Indian journal of veterinary science and animal husbandry - Volume 12,
Year: 1942
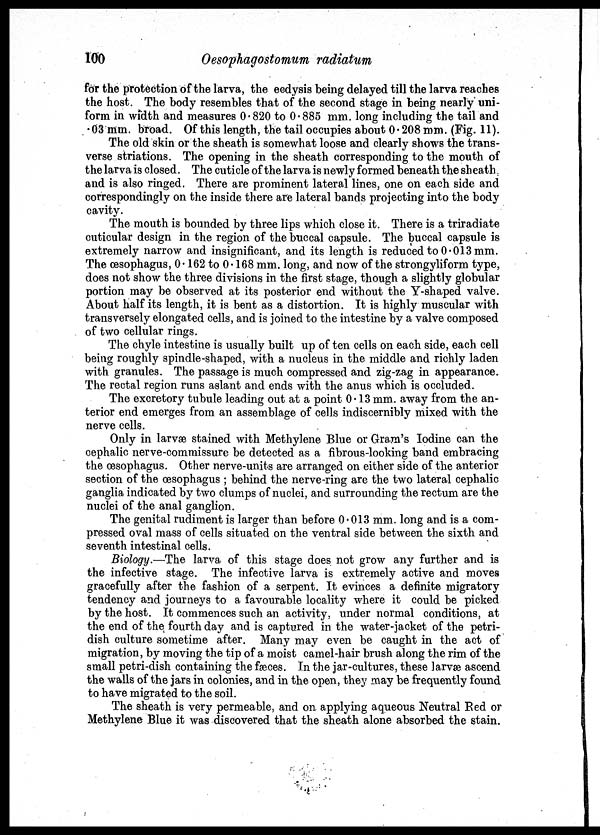
100
Oesophagostomum radiatum
for the protection of the larva, the ecdysis being delayed till the larva reaches
the host. The body resembles that of the second stage in being nearly uni-
form in width and measures 0.820 to 0.885 mm. long including the tail and
.03 mm. broad. Of this length, the tail occupies about 0.208 mm. (Fig. 11).
The old skin or the sheath is somewhat loose and clearly shows the trans-
verse striations. The opening in the sheath corresponding to the mouth of
the larva is closed. The cuticle of the larva is newly formed beneath the sheath
and is also ringed. There are prominent lateral lines, one on each side and
correspondingly on the inside there are lateral bands projecting into the body
cavity.
The mouth is bounded by three lips which close it. There is a triradiate
cuticular design in the region of the buccal capsule. The buccal capsule is
extremely narrow and insignificant, and its length is reduced to 0.013 mm.
The œsophagus, 0.162 to 0.168 mm. long, and now of the strongyliform type,
does not show the three divisions in the first stage, though a slightly globular
portion may be observed at its posterior end without the Y-shaped valve.
About half its length, it is bent as a distortion. It is highly muscular with
transversely elongated cells, and is joined to the intestine by a valve composed
of two cellular rings.
The chyle intestine is usually built up of ten cells on each side, each cell
being roughly spindle-shaped, with a nucleus in the middle and richly laden
with granules. The passage is much compressed and zig-zag in appearance.
The rectal region runs aslant and ends with the anus which is occluded.
The excretory tubule leading out at a point 0.13 mm. away from the an-
terior end emerges from an assemblage of cells indiscernibly mixed with the
nerve cells.
Only in larvæ stained with Methylene Blue or Gram's Iodine can the
cephalic nerve-commissure be detected as a fibrous-looking band embracing
the œsophagus. Other nerve-units are arranged on either side of the anterior
section of the œsophagus ; behind the nerve-ring are the two lateral cephalic
ganglia indicated by two clumps of nuclei, and surrounding the rectum are the
nuclei of the anal ganglion.
The genital rudiment is larger than before 0.013 mm. long and is a com-
pressed oval mass of cells situated on the ventral side between the sixth and
seventh intestinal cells.
Biology.—The larva of this stage does not grow any further and is
the infective stage. The infective larva is extremely active and moves
gracefully after the fashion of a serpent. It evinces a definite migratory
tendency and journeys to a favourable locality where it could be picked
by the host. It commences such an activity, under normal conditions, at
the end of the fourth day and is captured in the water-jacket of the petri¬
dish culture sometime after. Many may even be caught in the act of
migration, by moving the tip of a moist camel-hair brush along the rim of the
small petri-dish containing the fæces. In the jar-cultures, these larvæ ascend
the walls of the jars in colonies, and in the open, they may be frequently found
to have migrated to the soil.
The sheath is very permeable, and on applying aqueous Neutral Red or
Methylene Blue it was discovered that the sheath alone absorbed the stain.